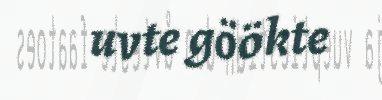
uvte göökte